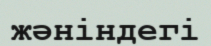
жәніндегі